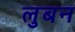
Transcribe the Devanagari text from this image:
लुबन